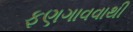
ફણગાવવાથી